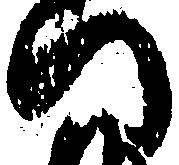
い